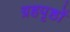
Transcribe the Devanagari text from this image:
ग्रहपृष्ठों